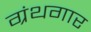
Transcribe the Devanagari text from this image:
ग्रंथगार